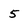
Character: 5